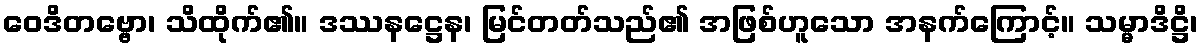
ဝေဒိတဗ္ဗော၊ သိထိုက်၏။ ဒဿနဋ္ဌေန၊ မြင်တတ်သည်၏ အဖြစ်ဟူသော အနက်ကြောင့်။ သမ္မာဒိဋ္ဌိ၊